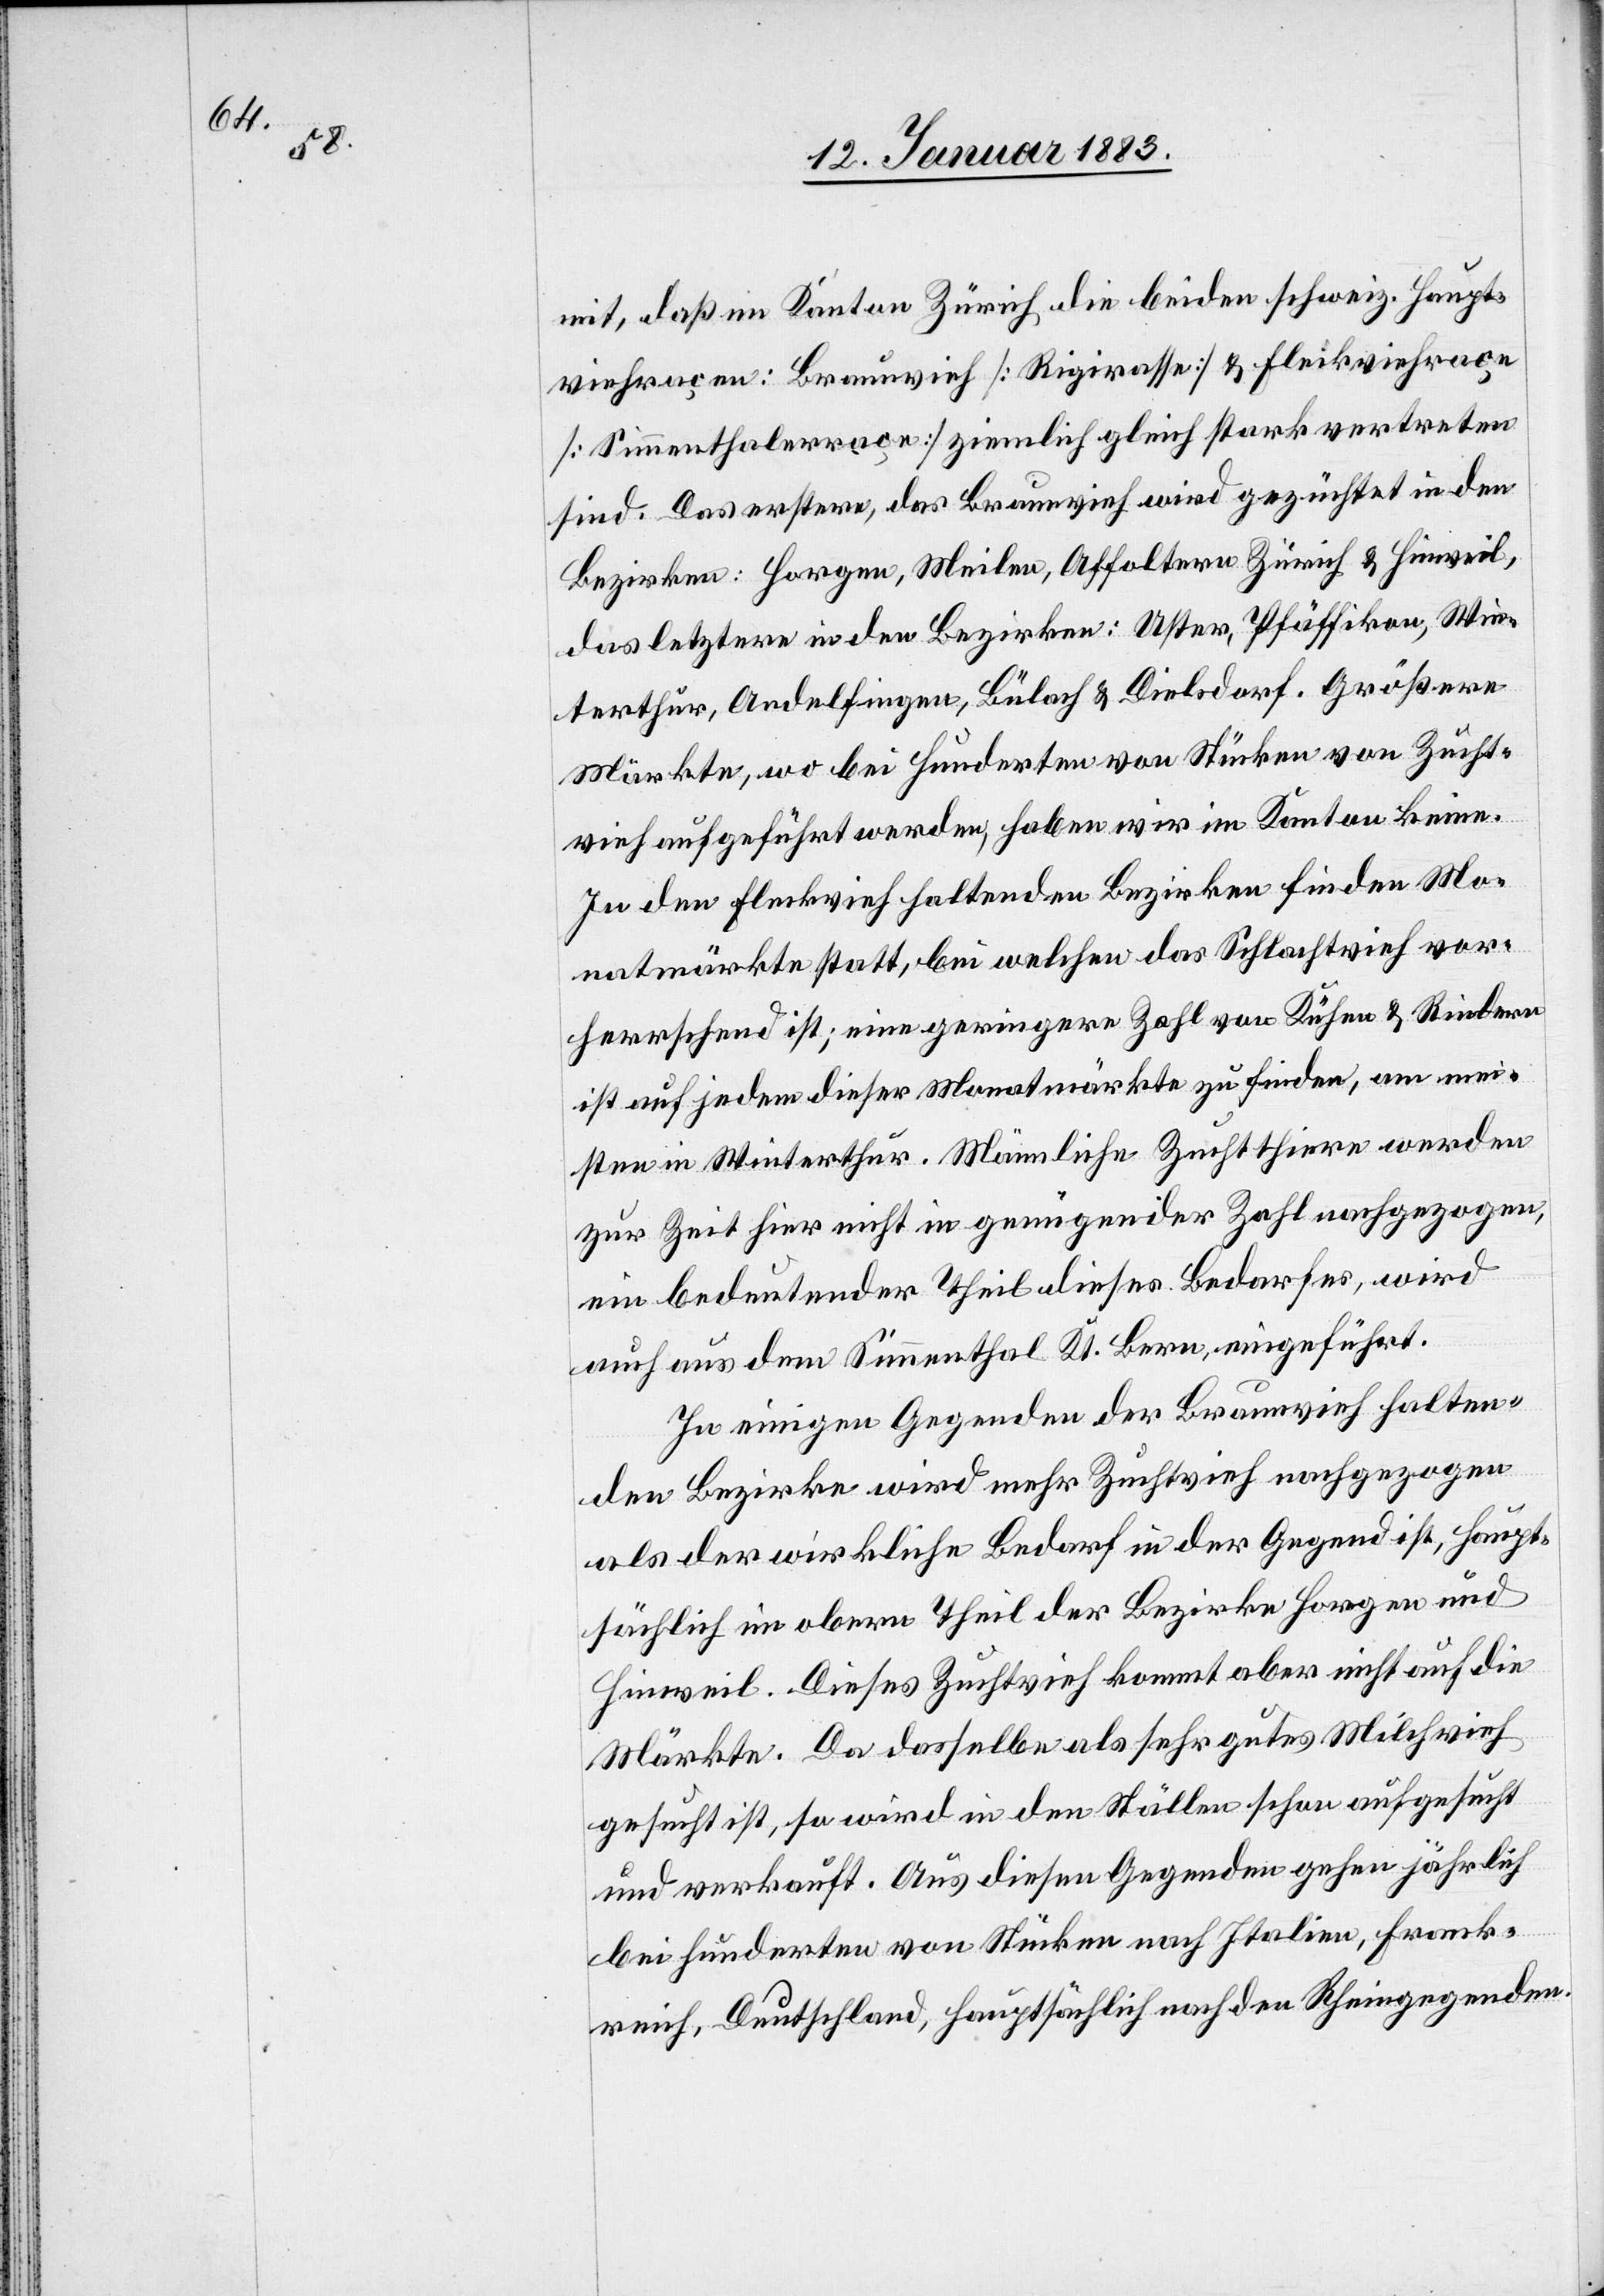
mit, daß im Kanton Zürich die beiden schweiz. Haupt¬
viehraçen: Braunvieh [Rigirasse] & Fleckviehraçe
[Simmenthalerraçe] ziemlich gleich stark vertreten
sind. Das erstere, das Braunvieh wird gezüchtet in den
Bezirken: Horgen, Meilen, Affoltern[,] Zürich & Hinweil,
das letztere in den Bezirken: Uster, Pfäffikon, Win¬
terthur, Andelfingen, Bülach & Dielsdorf. Größere
Märkte, wo bei Hunderten von Stücken von Zucht¬
vieh aufgeführt werden, haben wir im Kanton keine.
In den Fleckvieh haltenden Bezirken finden Mo¬
natsmärkte statt, bei welchen das Schlachtvieh vor¬
herrschend ist; eine geringere Zahl von Kühen & Rindern
ist auf jedem dieser Monatsmärkte zu finden, am mei¬
sten in Winterthur. Männliche Zuchtthiere werden
zur Zeit hier nicht in genügender Zahl nachgezogen,
ein bedeutender Theil dieses Bedarfes, wird
auch aus dem Simmenthal Kt. Bern, eingeführt.
In einigen Gegenden der Braunvieh halten¬
den Bezirke wird mehr Zuchtvieh nachgezogen
als der wirkliche Bedarf in der Gegend ist, haupt¬
sächlich im obern Theil der Bezirke Horgen und
Hinweil. Dieses Zuchtvieh kommt aber nicht auf die
Märkte. Da dasselbe als sehr gutes Milchvieh
gesucht ist, so wird in den Ställen schon aufgesucht
und verkauft. Aus diesen Gegenden gehen jährlich
bei hunderten von Stücken nach Italien, Frank¬
reich, Deutschland, hauptsächlich nach den Rheingegenden.